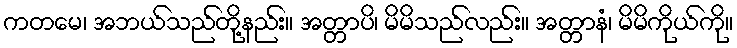
ကတမေ၊ အဘယ်သည်တို့နည်း။ အတ္တာပိ၊ မိမိသည်လည်း။ အတ္တာနံ၊ မိမိကိုယ်ကို။